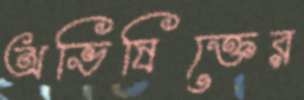
অভিষিক্তের